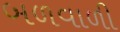
બળવાળી